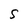
Character: S